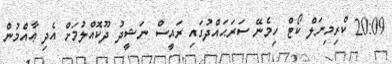
20:09 ކްރިމިނަލް ކޯޓް ހިމެނޭ ސަރަޙައްދުގައި ރައީސް ނަޝީދު ދޫކޮއްލުމަށް އެދި ޢާއްމުން